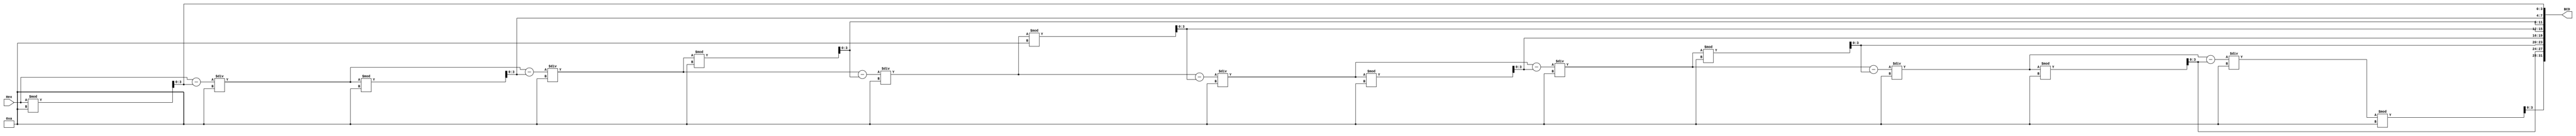
`timescale 1ns / 1ps
//////////////////////////////////////////////////////////////////////////////////
// Company:
// Engineer:
//
// Design Name:
// Module Name:    Hex2BCD
// Project Name:
// Target Devices:
// Tool versions:
// Description:
//
// Dependencies:
//
// Revision:
// Revision 0.01 - File Created
// Additional Comments:
//
//////////////////////////////////////////////////////////////////////////////////
module Hex2BCD(input [31:0] Hex,
               output reg [31:0] BCD);
reg [31:0] tmp;
always @(Hex) begin
    BCD        = 0;
    tmp        = Hex;
    BCD[3:0]   = tmp % 10;
    tmp        = (tmp - BCD[3:0]) / 10;
    BCD[7:4]   = tmp % 10;
    tmp        = (tmp - BCD[7:4]) / 10;
    BCD[11:8]  = tmp % 10;
    tmp        = (tmp - BCD[11:8]) / 10;
    BCD[15:12] = tmp % 10;
    tmp        = (tmp - BCD[15:12]) / 10;
    BCD[19:16] = tmp % 10;
    tmp        = (tmp - BCD[19:16]) / 10;
    BCD[23:20] = tmp % 10;
    tmp        = (tmp - BCD[23:20]) / 10;
    BCD[27:24] = tmp % 10;
    tmp        = (tmp - BCD[27:24]) / 10;
    BCD[31:28] = tmp % 10;
    // tmp        = (tmp - BCD[31:28]) / 10;
end

endmodule